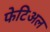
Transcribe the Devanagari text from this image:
फेटिअल